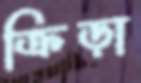
ক্রিড়া